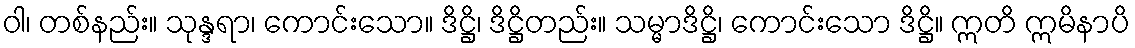
ဝါ၊ တစ်နည်း။ သုန္ဒရာ၊ ကောင်းသော။ ဒိဋ္ဌိ၊ ဒိဋ္ဌိတည်း။ သမ္မာဒိဋ္ဌိ၊ ကောင်းသော ဒိဋ္ဌိ။ ဣတိ ဣမိနာပိ